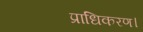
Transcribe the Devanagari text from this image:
प्राधिकरण।